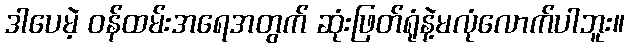
ဒါပေမဲ့ ဝန်ထမ်းအရေအတွက် ဆုံးဖြတ်ရုံနဲ့မလုံလောက်ပါဘူး။